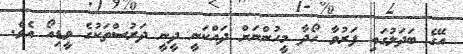
އޭގެ ބަދަލުގައި ފަރުވާ ހޯދާ މީހުންނަށް ދައްކަނީ ދީނީ ދަރުސްތަކުގެ ވީޑިއޯ އެވެ.